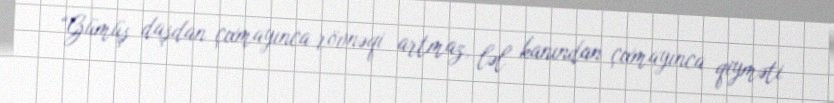
“Gümüş daşdan çıxmayınca rövnəqi artmaz, ləl kanından çıxmayınca qiyməti